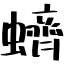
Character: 蠐